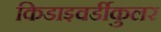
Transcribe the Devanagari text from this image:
किडाइवर्डीकुलर